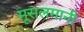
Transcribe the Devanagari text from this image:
मूसलमानी